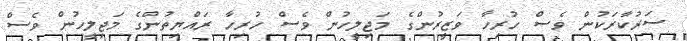
ސަރުކާރަކުން ވެސް ހުރިހާ ވަޒީރުންގެ މަޖިލީހުން ވެސް ހުރިހާ ރައްޔިތުންގެ މަޖިލީހުން ވެސް